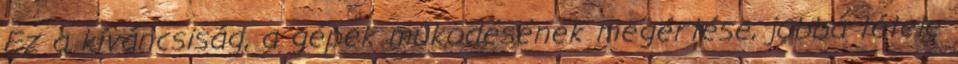
Ez a kíváncsiság, a gépek mûködésének megértése, jobbá tétele